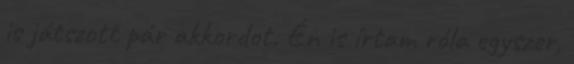
is játszott pár akkordot. Én is írtam róla egyszer,